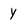
Character: Y